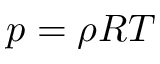
p = \rho R T